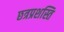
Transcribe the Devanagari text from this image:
छत्रप्रशस्ति